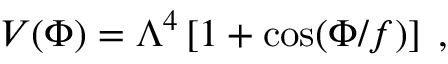
V ( \Phi ) = \Lambda ^ { 4 } \left[ 1 + \cos ( \Phi / f ) \right] \; ,